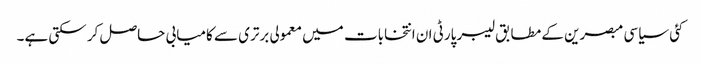
کئی سیاسی مبصرین کے مطابق لیبر پارٹی ان انتخابات میں معمولی برتری سے کامیابی حاصل کر سکتی ہے۔